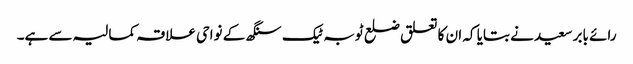
رائے بابر سعید نے بتایا کہ ان کا تعلق ضلع ٹوبہ ٹیک سنگھ کے نواحی علاقہ کمالیہ سے ہے۔